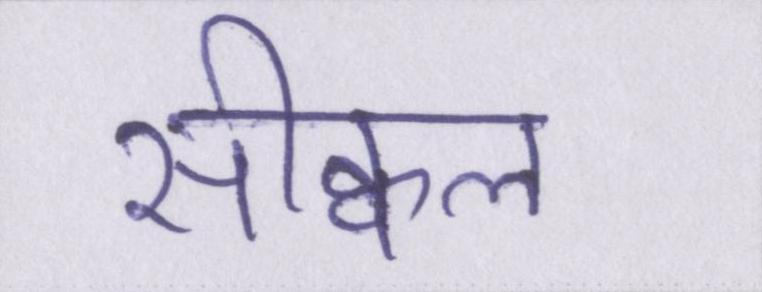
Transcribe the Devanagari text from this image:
सीक्वल